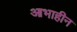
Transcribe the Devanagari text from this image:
आभाहीन